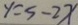
y = s - 2 x